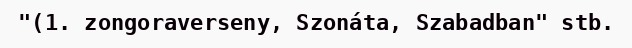
"(1. zongoraverseny, Szonáta, Szabadban" stb.